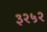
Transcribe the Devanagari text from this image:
३२५२